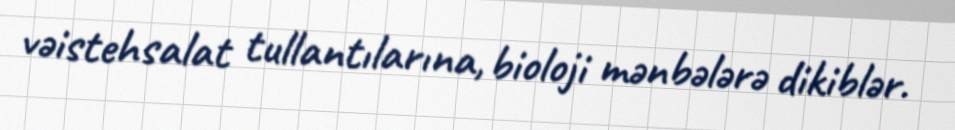
vəistehsalat tullantılarına, bioloji mənbələrə dikiblər.